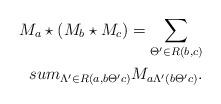
LaTeX: \begin{align*}M_a\star (M_b\star M_c)=\sum_{\Theta'\in R(b,c)}\\sum_{\Lambda'\in R(a,b\Theta' c)}M_{a\Lambda'(b\Theta' c)}.\end{align*}